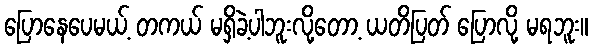
ပြောနေပေမယ့် တကယ် မရှိခဲ့ပါဘူးလို့တော့ ယတိပြတ် ပြောလို့ မရဘူး။